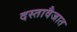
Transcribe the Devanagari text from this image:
दस्तावैजात